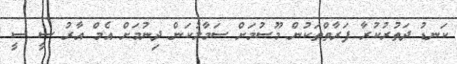
ކަނޑު ދަތުރުކުރާ ފަރާތްތަކުން މޫސުމަށް ސަމާލުކަން ދިނުމަށް އެމް އާރު ސީ ސީ